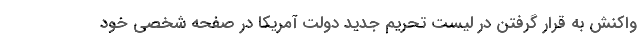
واکنش به قرار گرفتن در لیست تحریم جدید دولت آمریکا در صفحه شخصی خود